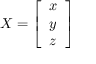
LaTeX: X = { \left[ \begin{array} { l } { x } \\ { y } \\ { z } \end{array} \right] }